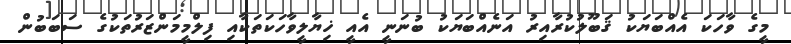
މީގެ ވާހަކަ އެއްބަޔަކު ޤަބޫލުކުރާއިރު އަނެއްބަޔަކު ބުނަނީ އެއީ ޚިޔާލީވާހަކަތަކާއި ފިލްމީމަންޒަރުތަކުގެ ސަބަބުން